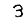
Digit: 3